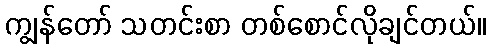
ကျွန်တော် သတင်းစာ တစ်စောင်လိုချင်တယ်။